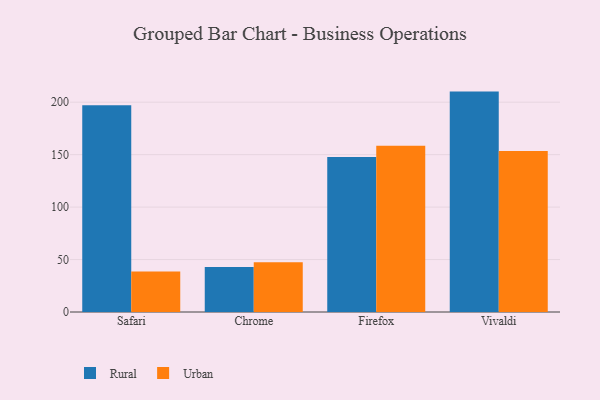
{"axis": {"x": "Browser", "y": "Satisfaction Score"}, "legend": ["Rural", "Urban"], "data": [{"x": "Safari", "y": 197.2, "type": "Rural"}, {"x": "Safari", "y": 38.5, "type": "Urban"}, {"x": "Chrome", "y": 43.0, "type": "Rural"}, {"x": "Chrome", "y": 47.4, "type": "Urban"}, {"x": "Firefox", "y": 147.7, "type": "Rural"}, {"x": "Firefox", "y": 158.4, "type": "Urban"}, {"x": "Vivaldi", "y": 210.1, "type": "Rural"}, {"x": "Vivaldi", "y": 153.5, "type": "Urban"}]}